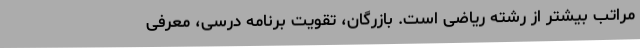
مراتب بیشتر از رشته ریاضی است. بازرگان، تقویت برنامه درسی، معرفی